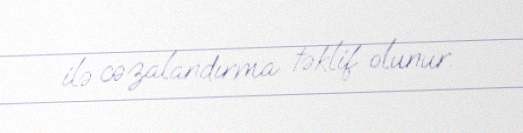
ilə cəzalandırma təklif olunur.